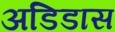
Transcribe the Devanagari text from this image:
अडिडास